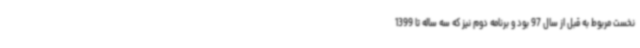
نخست مربوط به قبل از سال 97 بود و برنامه دوم نیز که سه ساله تا 1399